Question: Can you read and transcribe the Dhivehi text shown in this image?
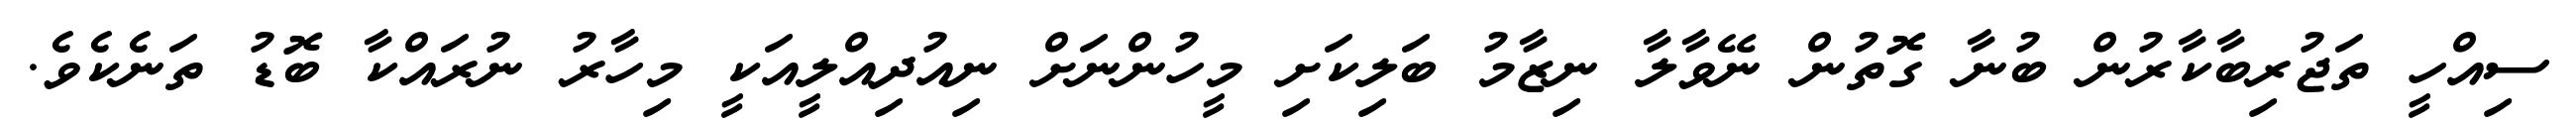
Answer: ސިއްހީ ތަޖުރިބާކާރުން ބުނާ ގޮތުން ނޭވާލާ ނިޒާމު ބަލިކަށި މީހުންނަށް ނިއުދިއްލީއަކީ މިހާރު ނުރައްކާ ބޮޑު ތަނެކެވެ.